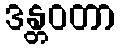
ဒန္တဝတာ